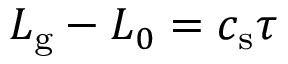
L _ { \mathrm { g } } - L _ { 0 } = c _ { \mathrm { s } } \tau